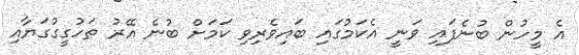
އެ މީހުން ބުނެފައި ވަނީ އެކަމުގައި ބައިވެރިވި ކަމަށް ބުނެ އޭރު ތަހުގީގުގަޔާއި